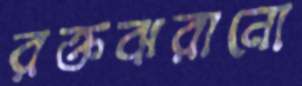
রক্তঝরানো